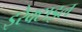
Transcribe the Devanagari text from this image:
इरेक्टाइल